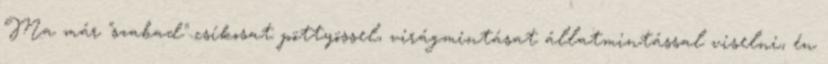
Ma már "szabad" csíkosat pöttyössel, virágmintásat állatmintással viselni, én